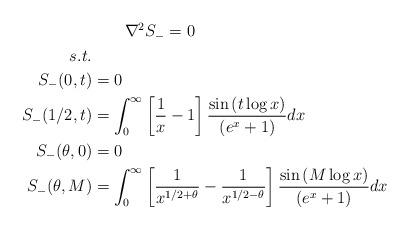
LaTeX: \begin{align*}\begin{aligned}&\qquad\nabla^2 S_-=0\\s.t.&\\S_-(0,t)&=0\\S_-(1/2,t)&=\int_{0}^{\infty} \left[\frac{1}{x}-1\right]\frac{\sin\left(t\log x\right) }{\left(e^{x}+1\right)}dx\\S_-(\theta,0)&=0\\S_-(\theta,M)&=\int_{0}^{\infty} \left[\frac{1}{x^{1/2+\theta}}-\frac{1}{x^{1/2-\theta}}\right]\frac{\sin\left(M\log x\right) }{\left(e^{x}+1\right)}dx\\\end{aligned}\end{align*}